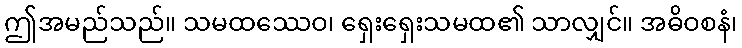
ဤအမည်သည်။ သမထဿေဝ၊ ရှေးရှေးသမထ၏ သာလျှင်။ အဓိဝစနံ၊